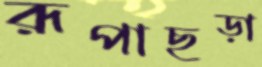
রূপাছড়া